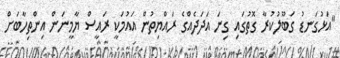
"އަޅުގަނޑު ގަބޫލުކުރާ ގޮތުގައި ގިނަ އަދަދެއްގެ ރައްޔިތުން އައުމަކީ ރައީސް ޔާމީނަން އިންތިހާބަށް